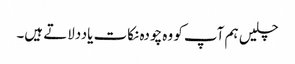
چلیں ہم آپ کو وہ چودہ نکات یاددلاتے ہیں۔